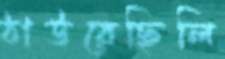
ঠাউরেছিলি